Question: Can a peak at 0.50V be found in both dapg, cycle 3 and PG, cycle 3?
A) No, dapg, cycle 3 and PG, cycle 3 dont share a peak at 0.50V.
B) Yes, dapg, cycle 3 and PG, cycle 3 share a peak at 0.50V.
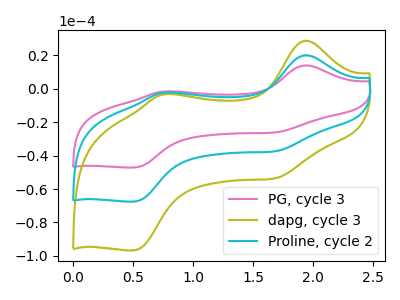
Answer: <think>The pink curve "PG, cycle 3" has anodic peaks at (1.95V, 14.05uA) (0.75V, -1.60uA) and cathodic peaks at (1.70V, -26.05uA) (0.50V, -47.15uA). The olive curve "dapg, cycle 3" has anodic peaks at (1.95V, 40.30uA) (0.75V, -4.55uA) and cathodic peaks at (1.70V, -74.65uA) (0.50V, -135.10uA). The cyan curve "Proline, cycle 2" has anodic peaks at (1.95V, 20.15uA) (0.75V, -2.30uA) and cathodic peaks at (1.70V, -37.35uA) (0.50V, -67.55uA).</think>
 <answer>B) Yes, "dapg, cycle 3" and "PG, cycle 3" share a peak at 0.50V.</answer>
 <eval>B</eval>